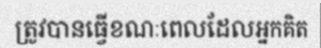
ត្រូវបានធ្វើខណៈពេលដែលអ្នកគិត